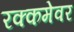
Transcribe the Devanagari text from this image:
रक्कमेवर